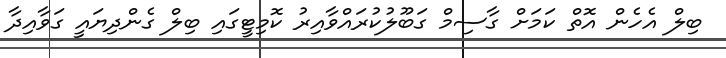
ބިލް އެހެން އޮތް ކަމަށް ގާސިމް ގަބޫލުކުރައްވާއިރު ކޮމިޓީގައި ބިލް ގެންދިޔައީ ގަވާއިދާ